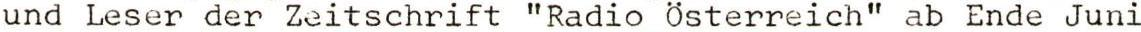
und Leser der Zeitschrift "Radio Österreich" ab Ende Juni